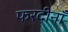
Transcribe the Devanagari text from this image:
फरदीनाँ